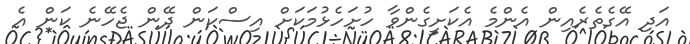
އަދި އޭގެތެރެއިން އެންމެ އެކަށީގެންވާ ހުށަހެޅުމަކަށް އިސްކަން ދޭން ޖެހޭނެ ކަން އެ